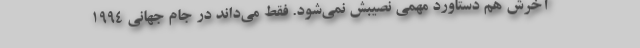
آخرش هم دستاورد مهمی نصیبش نمی‌شود. فقط می‌داند در جام جهانی 1994